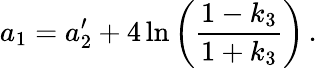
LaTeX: a_{1}=a_{2}^{\prime}+4\ln\left(\frac{1-k_{3}}{1+k_{3}}\right)\, .